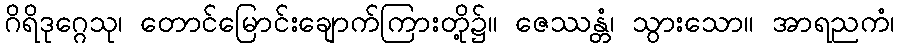
ဂိရိဒုဂ္ဂေသု၊ တောင်မြောင်းချောက်ကြားတို့၌။ ဇေဿန္တံ၊ သွားသော။ အာရညကံ၊